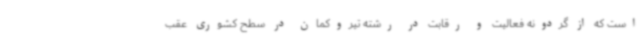
است که از گردونه فعالیت و رقابت در رشته تیروکمان در سطح کشوری عقب